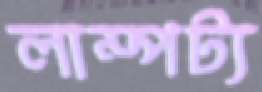
লাম্পট্য